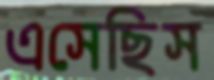
এসেছিস